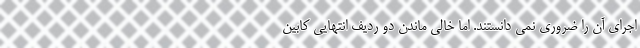
اجرای آن را ضروری نمی دانستند. اما خالی ماندن دو ردیف انتهایی کابین